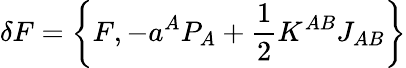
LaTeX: \delta F=\left\{ F,-a^{A}P_{A}+\frac 12K^{AB}J_{AB}\right\}